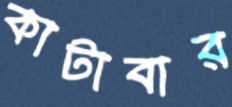
কাটাবার